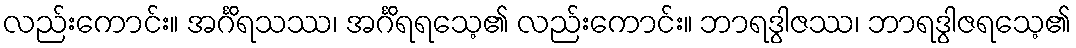
လည်းကောင်း။ အင်္ဂိရသဿ၊ အင်္ဂိရရသေ့၏ လည်းကောင်း။ ဘာရဒွါဇဿ၊ ဘာရဒွါဇရသေ့၏